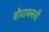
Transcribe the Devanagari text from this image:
बौधायनची